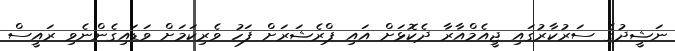
ނަޝީދުގެ ސަރުކާރުގައި ޖީއެމްއާރާ ދެކޮޅަށް އައި ޕްރެޝަރަށް ފަހު ވެރިކަމަށް ވަޑައިގެންނެވި ރައީސް